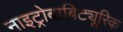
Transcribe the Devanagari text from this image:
नाइट्रोबार्बिट्यूरिक